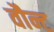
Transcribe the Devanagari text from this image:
वौन्ट